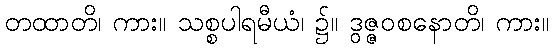
တထာတိ၊ ကား။ သစ္စပါရမီယံ၊ ၌။ ဒွဇ္ဇဝစနောတိ၊ ကား။